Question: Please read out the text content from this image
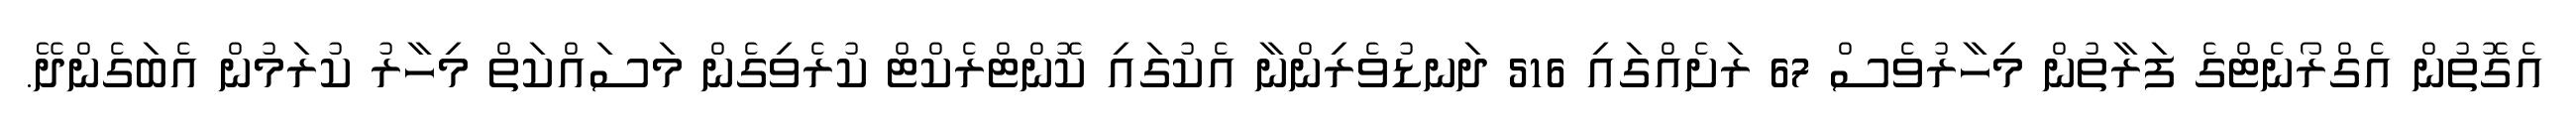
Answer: އެގޮތުން އެގްރޯނެޓްގެ ފަރާތުން މިހާރުވެސް 67 ރަށެއްގައި 516 ދަނޑުވެރިންނާ އެކުގައި ކޮންޓްރެކްޓް ކުރެވިގެން މަސައްކަތް މިހާރު ކުރަމުން އެބަގެންދޭ.